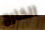
الخارج